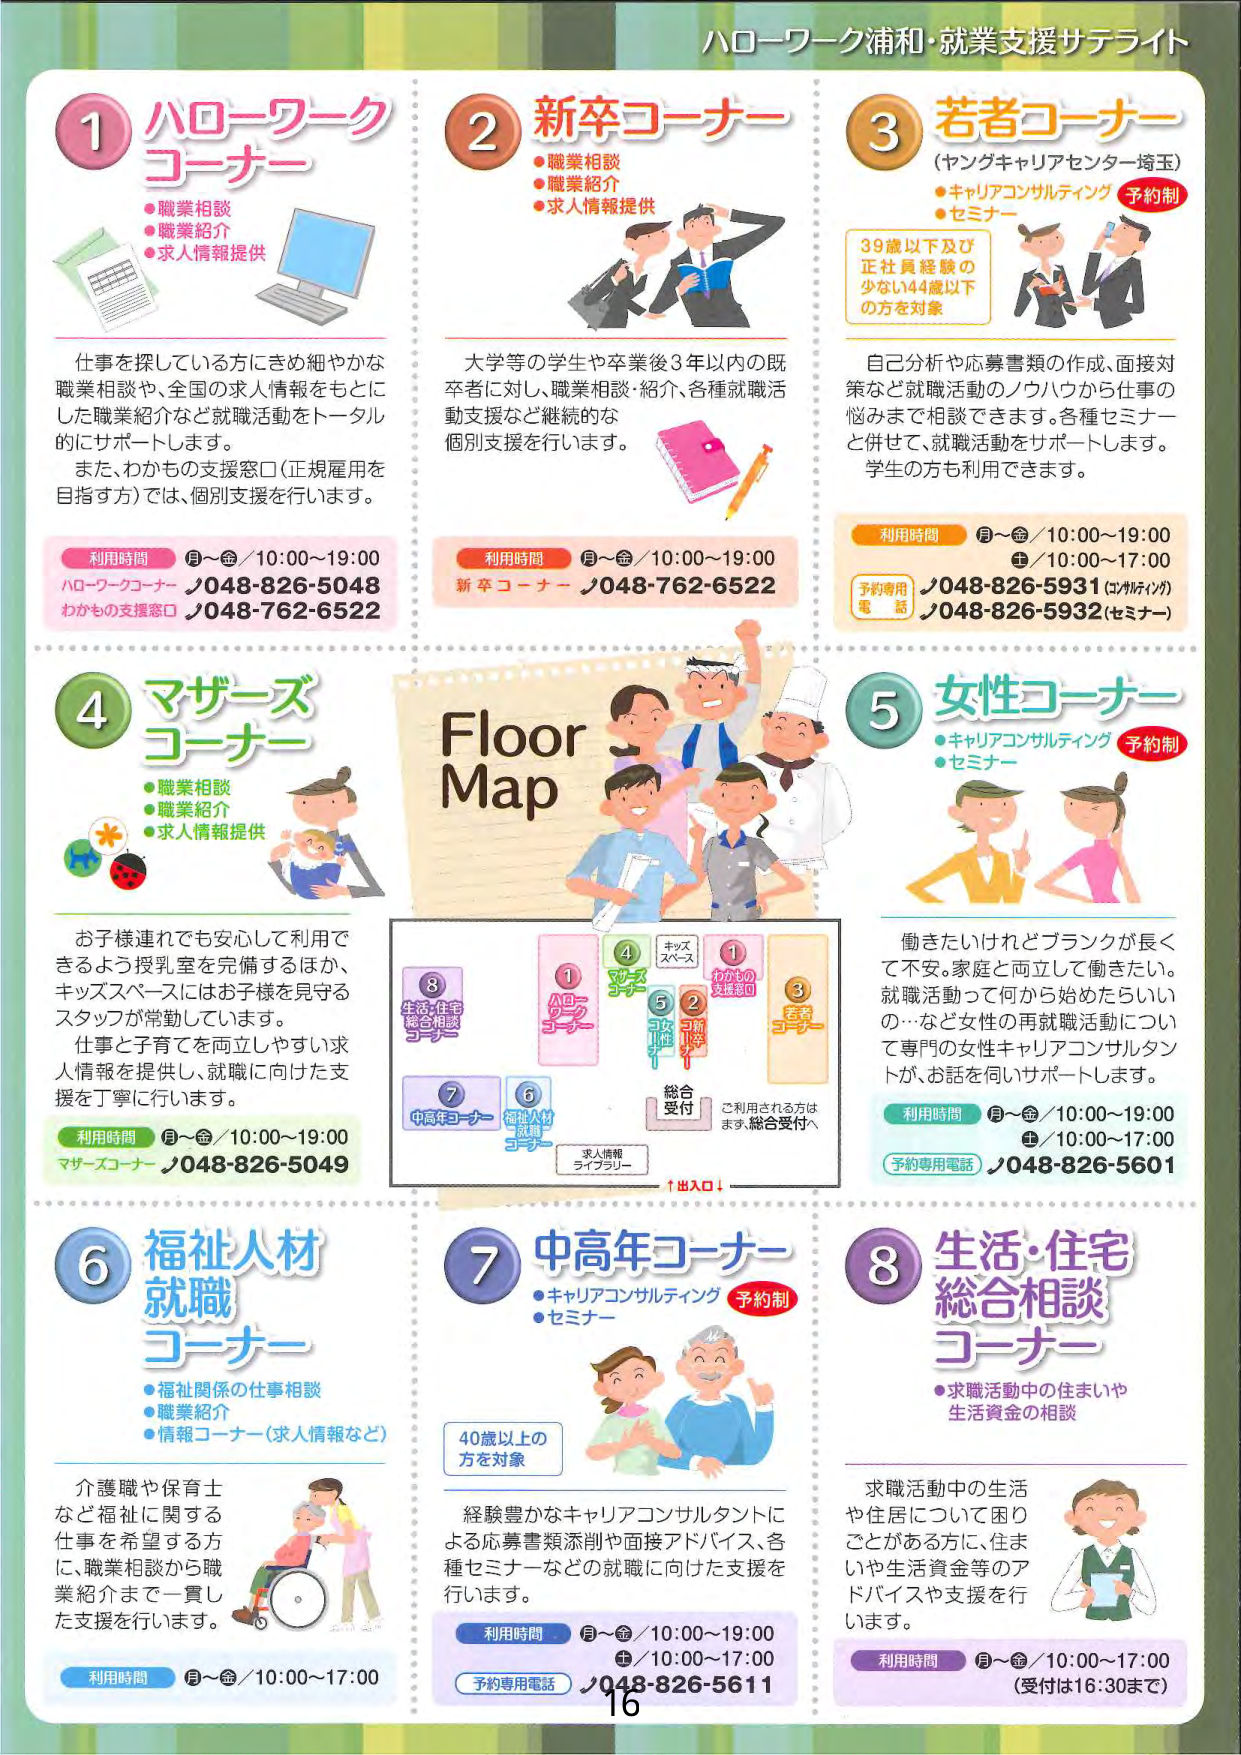
ハローワーク浦和・就業支援サテライト

1 ハローワークコーナー
●職業相談
●職業紹介
●求人情報提供

仕事を探している方にきめ細やかな職業相談や、全国の求人情報をもとにした職業紹介など就職活動をトータル的にサポートします。
また、わかもの支援窓口（正規雇用を目指す方）では、個別支援を行います。

利用時間 月～金／10:00～19:00
ハローワークコーナー／048-826-5048
わかもの支援窓口／048-762-6522

2 新卒コーナー
●職業相談
●職業紹介
●求人情報提供

大学等の学生や卒業後3年以内の既卒者に対し、職業相談・紹介、各種就職活動支援など継続的な個別支援を行います。

利用時間 月～金／10:00～19:00
新卒コーナー／048-762-6522

3 若者コーナー
（ヤングキャリアセンター埼玉）
●キャリアコンサルティング 予約制
●セミナー

39歳以下及び正社員経験の少ない44歳以下の方を対象

自己分析や応募書類の作成、面接対策など就職活動のノウハウから仕事の悩みまで相談できます。各種セミナーと併せて、就職活動をサポートします。学生の方も利用できます。

利用時間 月～金／10:00～19:00
土／10:00～17:00
予約専用電話／048-826-5931（コンサルティング）
／048-826-5932（セミナー）

4 マザーズコーナー
●職業相談
●職業紹介
●求人情報提供

お子様連れでも安心して利用できるよう授乳室を完備するほか、キッズスペースにはお子様を見守るスタッフが常勤しています。
仕事と子育てを両立しやすい求人情報を提供し、就職に向けた支援を丁寧に行います。

利用時間 月～金／10:00～19:00
マザーズコーナー／048-826-5049

5 女性コーナー
●キャリアコンサルティング 予約制
●セミナー

働きたいけれどブランクが長くて不安。家庭と両立して働きたい。就職活動って何から始めたらいいの…など女性の再就職活動について専門の女性キャリアコンサルタントが、お話を伺いサポートします。

利用時間 月～金／10:00～19:00
土／10:00～17:00
予約専用電話／048-826-5601

Floor Map

1 ハローワークコーナー
2 新卒コーナー
3 若者コーナー
4 マザーズコーナー
5 女性コーナー
6 福祉人材就職コーナー
7 中高年コーナー
8 生活・住宅総合相談コーナー

キッズスペース
わかもの支援窓口
総合受付
求人情報ライブラリー
↑出入口↓
ご利用される方はまず、総合受付へ

6 福祉人材就職コーナー
●福祉関係の仕事相談
●職業紹介
●情報コーナー（求人情報など）

介護職や保育士など福祉に関する仕事を希望する方に、職業相談から職業紹介まで一貫した支援を行います。

利用時間 月～金／10:00～17:00

7 中高年コーナー
●キャリアコンサルティング 予約制
●セミナー

40歳以上の方を対象

経験豊かなキャリアコンサルタントによる応募書類添削や面接アドバイス、各種セミナーなどの就職に向けた支援を行います。

利用時間 月～金／10:00～19:00
土／10:00～17:00
予約専用電話／048-826-5611

8 生活・住宅総合相談コーナー
●求職活動中の住まいや生活資金の相談

求職活動中の生活や住居について困りごとがある方に、住まいや生活資金等のアドバイスや支援を行います。

利用時間 月～金／10:00～17:00
（受付は16:30まで）

16